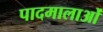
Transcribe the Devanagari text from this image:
पादमालाओं